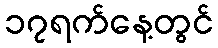
၁၇ရက်နေ့တွင်